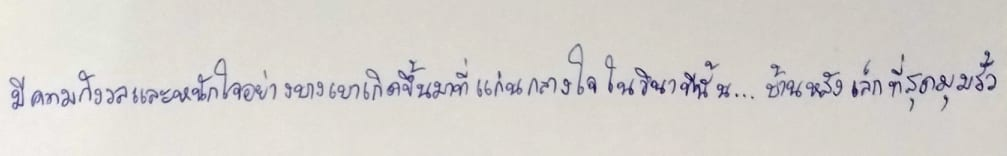
มีความกังวลและหนักใจอย่างบางเบาเกิดขึ้นมาที่แก่นกลางใจในวินาทีนั้น...บ้านหลังเล็กที่สุดมุมรั้ว